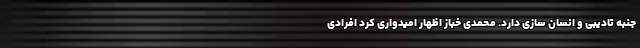
جنبه تادیبی و انسان سازی دارد. محمدی خباز اظهار امیدواری کرد افرادی